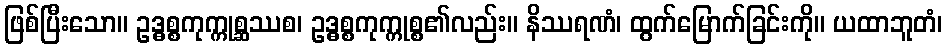
ဖြစ်ပြီးသော။ ဥဒ္ဓစ္စကုက္ကုစ္ဆဿစ၊ ဥဒ္ဓစ္စကုက္ကုစ္စ၏လည်း။ နိဿရဏံ၊ ထွက်မြောက်ခြင်းကို။ ယထာဘူတံ၊